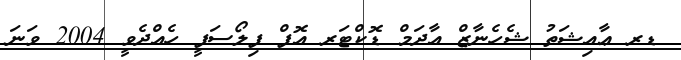
ޑރ ޢާއިޝަތު ޝެހެނާޒް އާދަމް ޑޮކްޓަރ އޮފް ފިލޯސަފީ ހެއްދެވީ 2004 ވަނަ